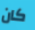
كان